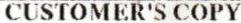
CUSTOMER'S COPY